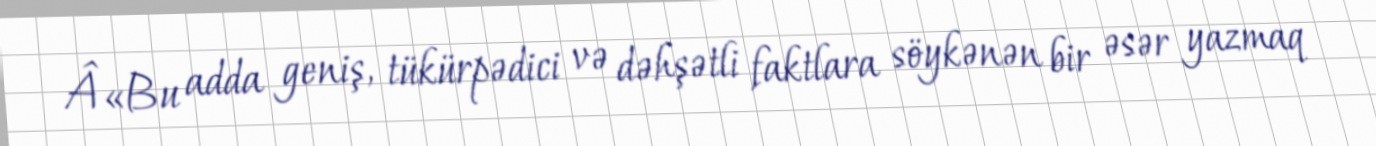
Â«Bu adda geniş, tükürpədici və dəhşətli faktlara söykənən bir əsər yazmaq